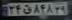
۲۴ق۸۴۸۲۹